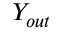
Y _ { o u t }